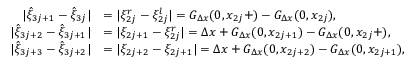
\begin{array} { r l } { \vert \hat { \xi } _ { 3 j + 1 } - \hat { \xi } _ { 3 j } \vert } & { = \vert \xi _ { 2 j } ^ { r } - \xi _ { 2 j } ^ { l } \vert = G _ { \Delta x } ( 0 , x _ { 2 j } + ) - G _ { \Delta x } ( 0 , x _ { 2 j } ) , } \\ { \vert \hat { \xi } _ { 3 j + 2 } - \hat { \xi } _ { 3 j + 1 } \vert } & { = \vert \xi _ { 2 j + 1 } - \xi _ { 2 j } ^ { r } \vert = \Delta x + G _ { \Delta x } ( 0 , x _ { 2 j + 1 } ) - G _ { \Delta x } ( 0 , x _ { 2 j } + ) , } \\ { \vert \hat { \xi } _ { 3 j + 3 } - \hat { \xi } _ { 3 j + 2 } \vert } & { = \vert \xi _ { 2 j + 2 } - \xi _ { 2 j + 1 } \vert = \Delta x + G _ { \Delta x } ( 0 , x _ { 2 j + 2 } ) - G _ { \Delta x } ( 0 , x _ { 2 j + 1 } ) , } \end{array}